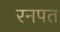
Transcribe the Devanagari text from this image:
रनपत